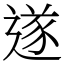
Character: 遂